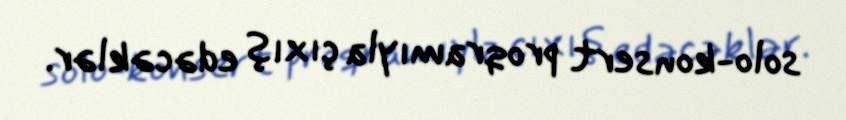
solo-konsert proqramıyla çıxış edəcəklər.